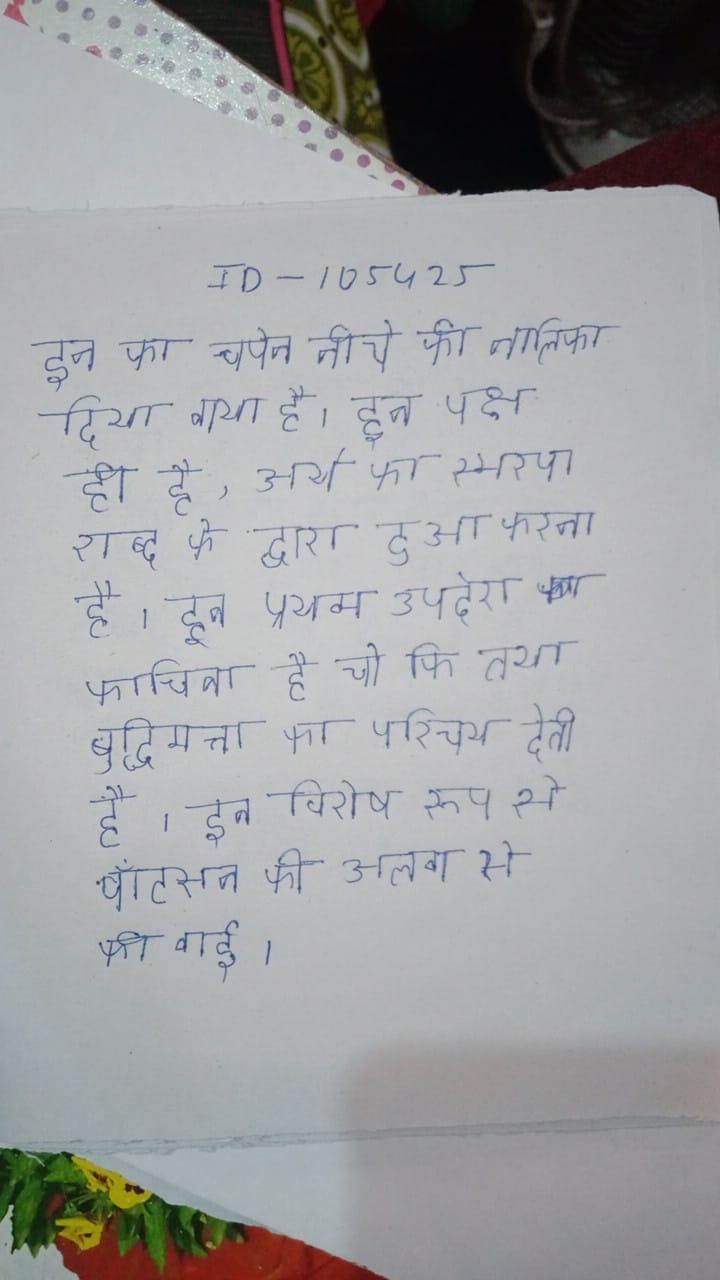
इन का वर्णन नीचे की तालिका दिया गया है । इन पक्ष ही है, अर्थ का स्मरण शब्द के द्वारा हुआ करता है । इन प्रथम उपदेश कविता है जो कि तथा बुद्धिमत्ता का परिचय देती है । इन विशेष रूप से वॉटसन की अलग से की गई ।